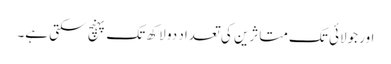
اور جولائی تک متاثرین کی تعداد دو لاکھ تک پہنچ سکتی ہے۔